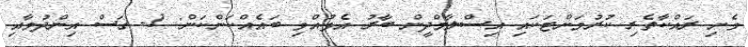
ވެށި ރައްކާތެރި ކުރުމަށްޓަކައި އިސްލާމްދީން ބާރު އެޅުއްވި ބައެއްކަންކަން: 1- ގަސް އިންދުމާއި